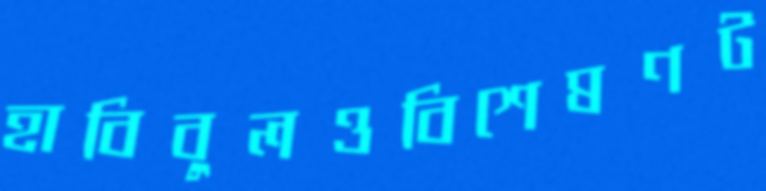
হাবিবুলওবিশেষণট